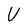
Character: U